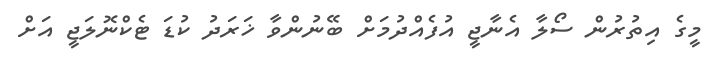
މީގެ އިތުރުން ސޯލާ އެނާޖީ އުފެއްދުމަށް ބޭނުންވާ ޚަރަދު ކުޑަ ޓެކްނޮލަޖީ އަށް